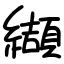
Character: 纈